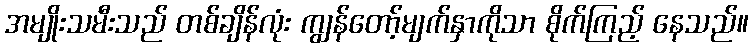
အမျိုးသမီးသည် တစ်ချိန်လုံး ကျွန်တော့်မျက်နှာကိုသာ စိုက်ကြည့် နေသည်။